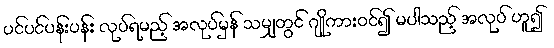
ပင်ပင်ပန်းပန်း လုပ်ရမည့် အလုပ်မှန် သမျှတွင် ဂျိုကားဝင်၍ မပါသည့် အလုပ် ဟူ၍